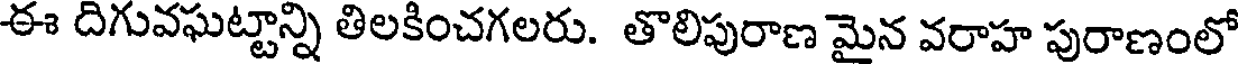
ఈ దిగువఘట్టాన్ని తిలకించగలరు. తొలిపురాణ మైన వరాహ పురాణంలో